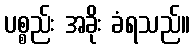
ပစ္စည်း အခိုး ခံရသည်။